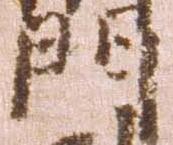
門